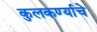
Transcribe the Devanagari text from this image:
कुलकर्ण्याचे